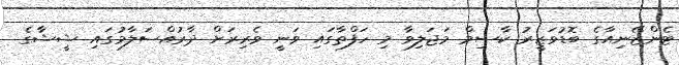
ޓެންޒޭނިއާގެ ބޮޑުވަޒީރު ކާސިމް މަޖަލިވާ މި ހަފްތާގައި ވަނީ ވެރިރަށް ދާރުއްސަލާމުގައި ޝީޝާގެ